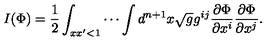
I ( \Phi ) = \frac { 1 } { 2 } \int _ { x x ^ { \prime } < 1 } \cdots \int d ^ { n + 1 } x \sqrt { g } g ^ { i j } \frac { \partial \Phi } { \partial x ^ { i } } \frac { \partial \Phi } { \partial x ^ { j } } .